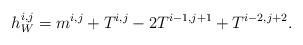
LaTeX: \begin{align*}h^{i,j}_W=m^{i,j}+T^{i,j}-2T^{i-1,j+1}+T^{i-2,j+2}.\end{align*}